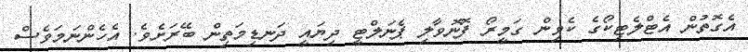
އެގޮތުން އެޓްލެޓިކޯގެ ކެވިން ގަމީރޯ ފޮނޮވާލި ޕެނަލްޓީ ދިޔައީ ދަނޑިމަތިން ބޭރަށެވެ. އެހެންނަމަވެސް